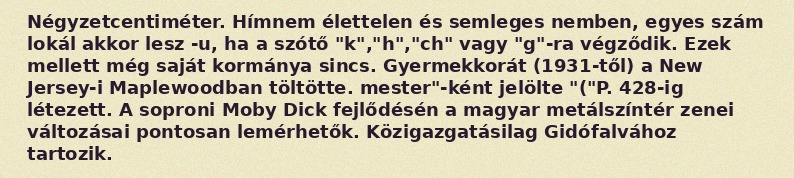
Négyzetcentiméter. Hímnem élettelen és semleges nemben, egyes szám lokál akkor lesz -u, ha a szótő "k","h","ch" vagy "g"-ra végződik. Ezek mellett még saját kormánya sincs. Gyermekkorát (1931-től) a New Jersey-i Maplewoodban töltötte. mester"-ként jelölte "("P. 428-ig létezett. A soproni Moby Dick fejlődésén a magyar metálszíntér zenei változásai pontosan lemérhetők. Közigazgatásilag Gidófalvához tartozik.